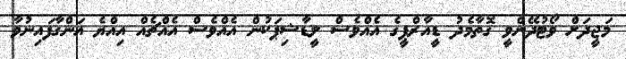
މަޖީދަށް ވޯޓުދޭންވީ ގޮތާމެދު ޑީއާރްޕީގެ އެއްވެސް ލީޑާޝިޕަކުން އެއްވެސް އެއްޗެއް އިއްޔެ އަންގާފައިނުވާ